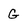
Character: G